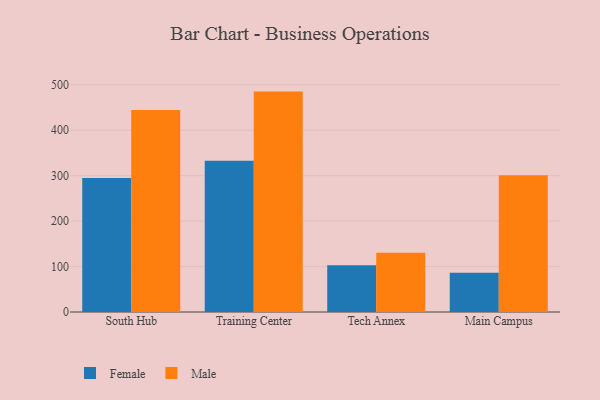
{"axis": {"x": "Campus", "y": "Inventory Turnover"}, "legend": ["Female", "Male"], "data": [{"x": "South Hub", "y": 294.9, "type": "Female"}, {"x": "South Hub", "y": 444.6, "type": "Male"}, {"x": "Training Center", "y": 332.9, "type": "Female"}, {"x": "Training Center", "y": 485.0, "type": "Male"}, {"x": "Tech Annex", "y": 102.7, "type": "Female"}, {"x": "Tech Annex", "y": 130.6, "type": "Male"}, {"x": "Main Campus", "y": 86.2, "type": "Female"}, {"x": "Main Campus", "y": 301.1, "type": "Male"}]}